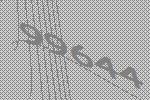
99644